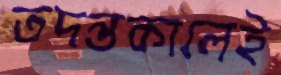
তদন্তকালেই